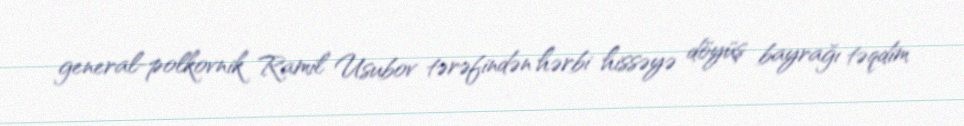
general-polkovnik Ramil Usubov tərəfindən hərbi hissəyə döyüş bayrağı təqdim